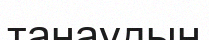
танаудың